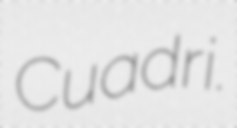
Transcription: Cuadri.